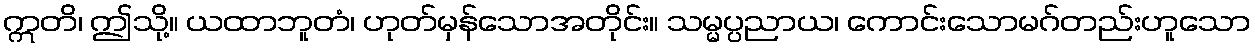
ဣတိ၊ ဤသို့။ ယထာဘူတံ၊ ဟုတ်မှန်သောအတိုင်း။ သမ္မပ္ပညာယ၊ ကောင်းသောမဂ်တည်းဟူသော